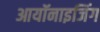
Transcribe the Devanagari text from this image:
आयॉनाइजिंग